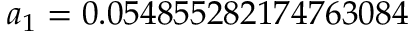
a _ { 1 } = 0 . 0 5 4 8 5 5 2 8 2 1 7 4 7 6 3 0 8 4